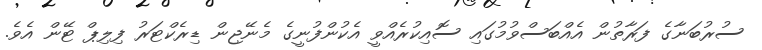
ސުރުބަނާގެ ފަރާތުން އެއްބަސްވުމުގައި ސޮއިކުރެއްވީ އެކުންފުނީގެ މެނޭޖިން ޑިރެކްޓަރު ފިލިޕް ޓޭން އެވެ.